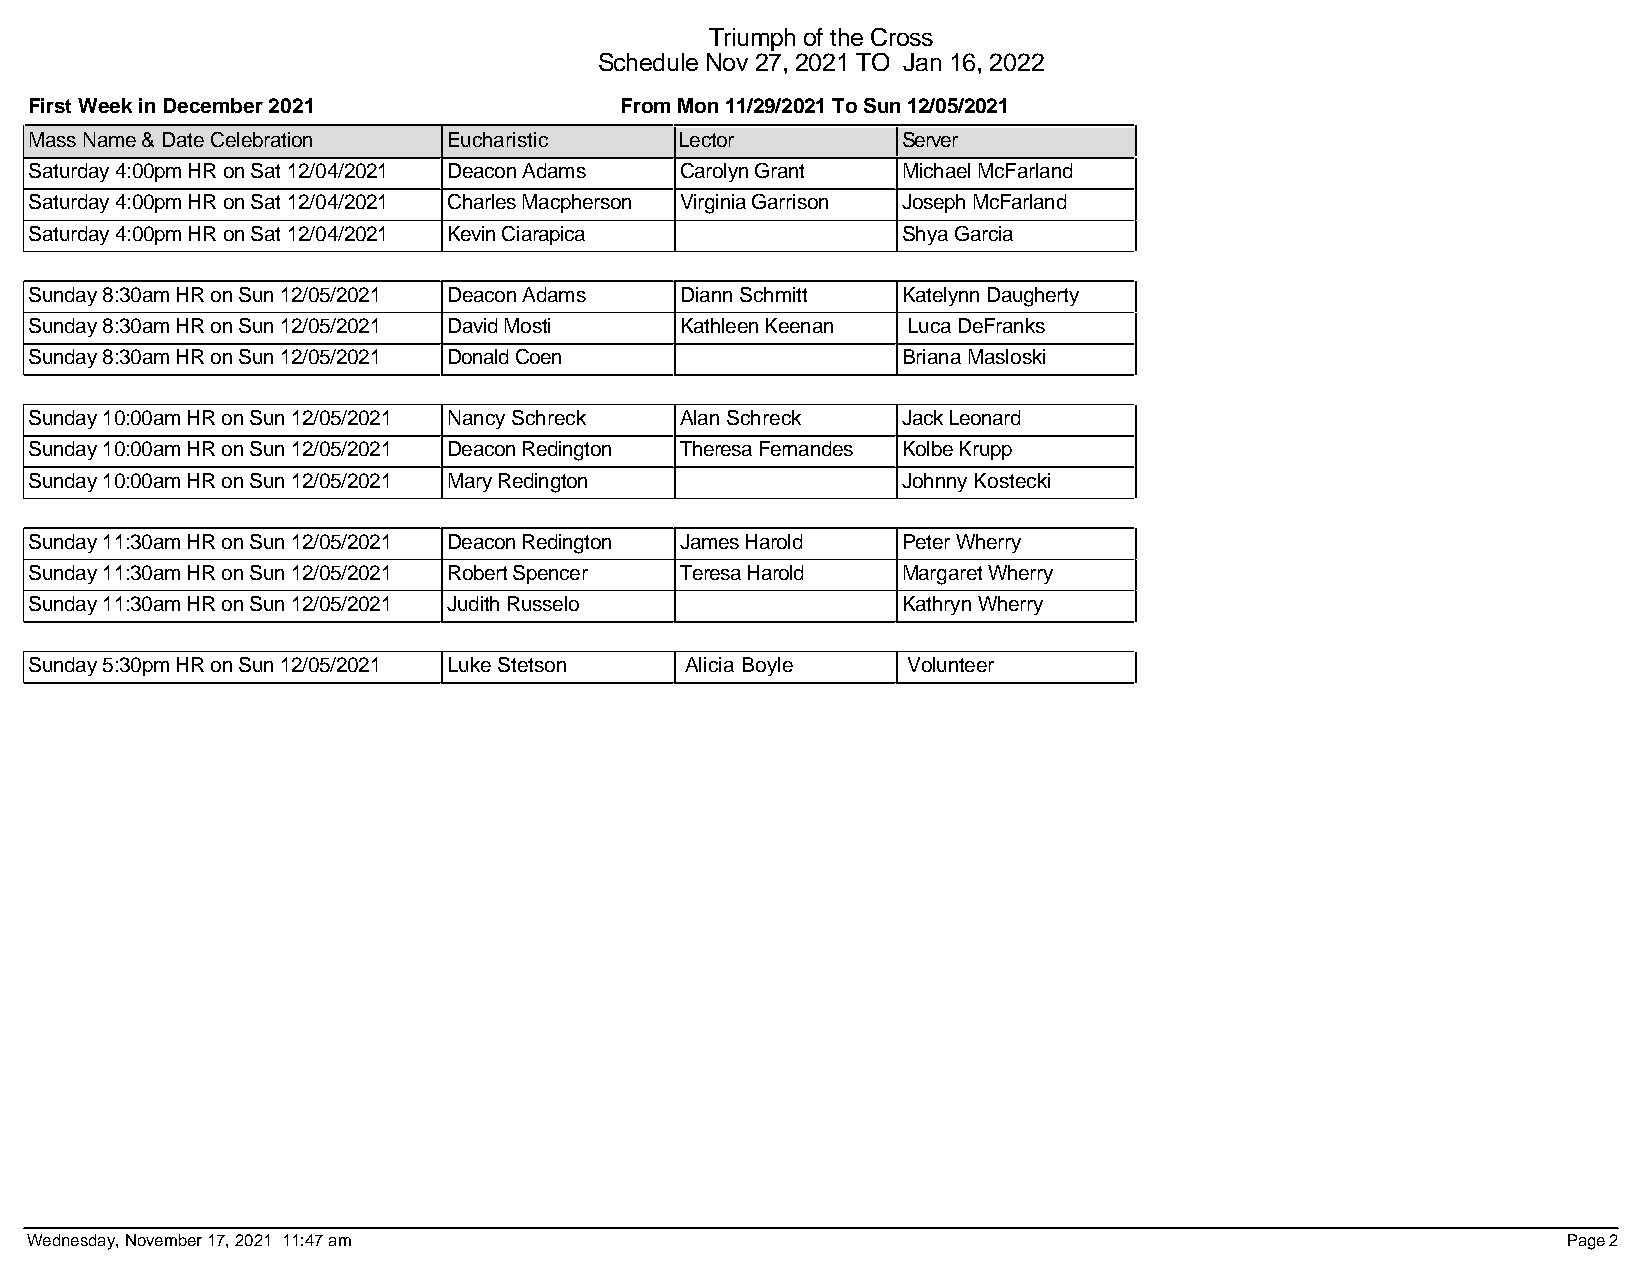
Triumph of the Cross
 Schedule Nov 27, 2021 TO Jan 16, 2022
 First Week in December 2021            From Mon 11/29/2021 To Sun 12/05/2021
 Mass Name & Date Celebration Eucharistic   Lector         Server
 Saturday 4:00pm HR on Sat 12/04/2021 Deacon Adams Carolyn Grant Michael McFarland
 Saturday 4:00pm HR on Sat 12/04/2021 Charles Macpherson Virginia Garrison Joseph McFarland
 Saturday 4:00pm HR on Sat 12/04/2021 Kevin Ciarapica      Shya Garcia
 Sunday 8:30am HR on Sun 12/05/2021 Deacon Adams Diann Schmitt Katelynn Daugherty
 Sunday 8:30am HR on Sun 12/05/2021 David Mosti Kathleen Keenan Luca DeFranks
 Sunday 8:30am HR on Sun 12/05/2021 Donald Coen            Briana Masloski
 Sunday 10:00am HR on Sun 12/05/2021 Nancy Schreck Alan Schreck Jack Leonard
 Sunday 10:00am HR on Sun 12/05/2021 Deacon Redington Theresa Fernandes Kolbe Krupp
 Sunday 10:00am HR on Sun 12/05/2021 Mary Redington        Johnny Kostecki
 Sunday 11:30am HR on Sun 12/05/2021 Deacon Redington James Harold Peter Wherry
 Sunday 11:30am HR on Sun 12/05/2021 Robert Spencer Teresa Harold Margaret Wherry
 Sunday 11:30am HR on Sun 12/05/2021 Judith Russelo        Kathryn Wherry
 Sunday 5:30pm HR on Sun 12/05/2021 Luke Stetson Alicia Boyle Volunteer
 Wednesday, November 17, 2021 11:47 am                                                                 Page 2